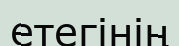
етегінің